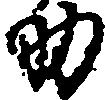
助